Sketch of the medical history of the native army of Bombay, for the year
Year: 1876
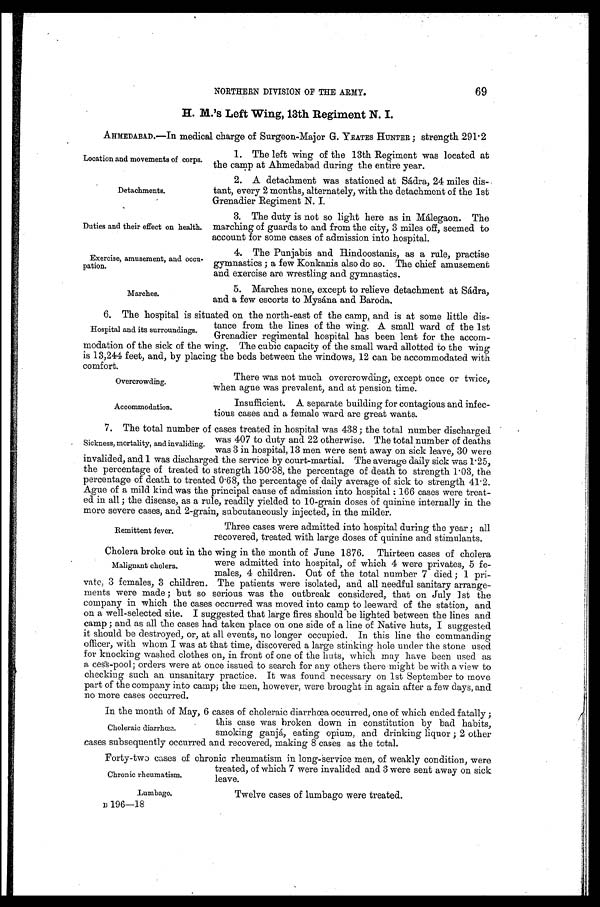
Location and movements of corps.
Detachments.
Exercise, amusement, and occu
-pation.
Marches.
Overcrowding.
Accommodation.
69
NORTHERN DIVISION OF THE ARMY.
H . M . ' s L e f t W i n g , 1 3 t h R e g i m e n t N . I .
AHMEDABAD.—In medical charge of Surgeon-Major G. YEATES HUNTER; strength 291.2
Duties and their effect on health.
1. The left wing of the 13th Regiment was located at
the camp at Ahmedabad during the entire year.
2. A detachment was stationed at Sádra, 24 miles dis
-tant, every 2 months, alternately, with the detachment of the 1st
Grenadier Regiment N. I.
3. The duty is not so light here as in Málegaon. The
marching of guards to and from the city, 3 miles off, seemed to
account for some cases of admission into hospital.
4. The Punjabis and Hindoostanis, as a rule, practise
gymnastics; a few Konkanis also do so. The chief amusement
and exercise are wrestling and gymnastics.
5. Marches none, except to relieve detachment at Sádra,
and a few escorts to Mysána and Baroda.
6. The hospital is situated on the north-east of the camp, and is at some little dis -
tance from the lines of the wing. A small ward of the 1st
Grenadier regimental hospital has been lent for the accom -
modation of the sick of the wing. The cubic capacity of the small ward allotted to the wing
is 13,244 feet, and, by placing the beds between the windows, 12 can be accommodated with
comfort.
Hospital and its surroundings.
There was not much overcrowding, except once or twice,
when ague was prevalent, and at pension time.
Insufficient. A separate building for contagious and infec
-tious cases and a female ward are great wants.
7. The total number of cases treated in hospital was 438; the total number discharged
was 407 to duty and 22 otherwise. The total number of deaths
was 3 in hospital, 13 men were sent away on sick leave, 30 were
invalided, and 1 was discharged the service by court-martial. The average daily sick was 1.25,
the percentage of treated to strength 150.38, the percentage of death to strength 1.03, the
percentage of death to treated 0.68, the percentage of daily average of sick to strength 41.2.
Ague of a mild kind was the principal cause of admission into hospital: 166 cases were treat
-ed in all; the disease, as a rule, readily yielded to 10-grain doses of quinine internally in the
more severe cases, and 2-grain, subcutaneously injected, in the milder.
Sickness, mortality, and invaliding.
Remittent fever.
Three cases were admitted into hospital during the year; all
recovered, treated with large doses of quinine and stimulants.
Cholera broke out in the wing in the month of June 1876. Thirteen cases of cholera
were admitted into hospital, of which 4 were privates, 5 fe
-males, 4 children. Out of the total number 7 died; 1 pri
-vate, 3 females, 3 children. The patients were isolated, and all needful sanitary arrange
-ments were made; but so serious was the outbreak considered, that on July 1st the
company in which the cases occurred was moved into camp to leeward of the station, and
on a well-selected site. I suggested that large fires should be lighted between the lines and
camp; and as all the cases had taken place on one side of a line of Native huts, I suggested
it should be destroyed, or, at all events, no longer occupied. In this line the commanding
officer, with whom I was at that time, discovered a large stinking hole under the stone used
for knocking washed clothes on, in front of one of the huts, which may have been used as
a cess-pool; orders were at once issued to search for any others there might be with a view to
checking such an unsanitary practice. It was found necessary on 1st September to move
part of the company into camp; the men, however, were brought in again after a few days, and
no more cases occurred.
In the month of May, 6 cases of choleraic diarrhœa occurred, one of which ended fatally;
this case was broken down in constitution by bad habits,
smoking ganjá, eating opium, and drinking liquor; 2 other
cases subsequently occurred and recovered, making 8 cases as the total.
Forty-two cases of chronic rheumatism in long-service men, of weakly condition, were
treated, of which 7 were invalided and 3 were sent away on sick
leave.
Malignant cholera.
Choleraic diarrhœa.
Chronic rheumatism.
Lumbago.
B 196—18
Twelve cases of lumbago were treated.